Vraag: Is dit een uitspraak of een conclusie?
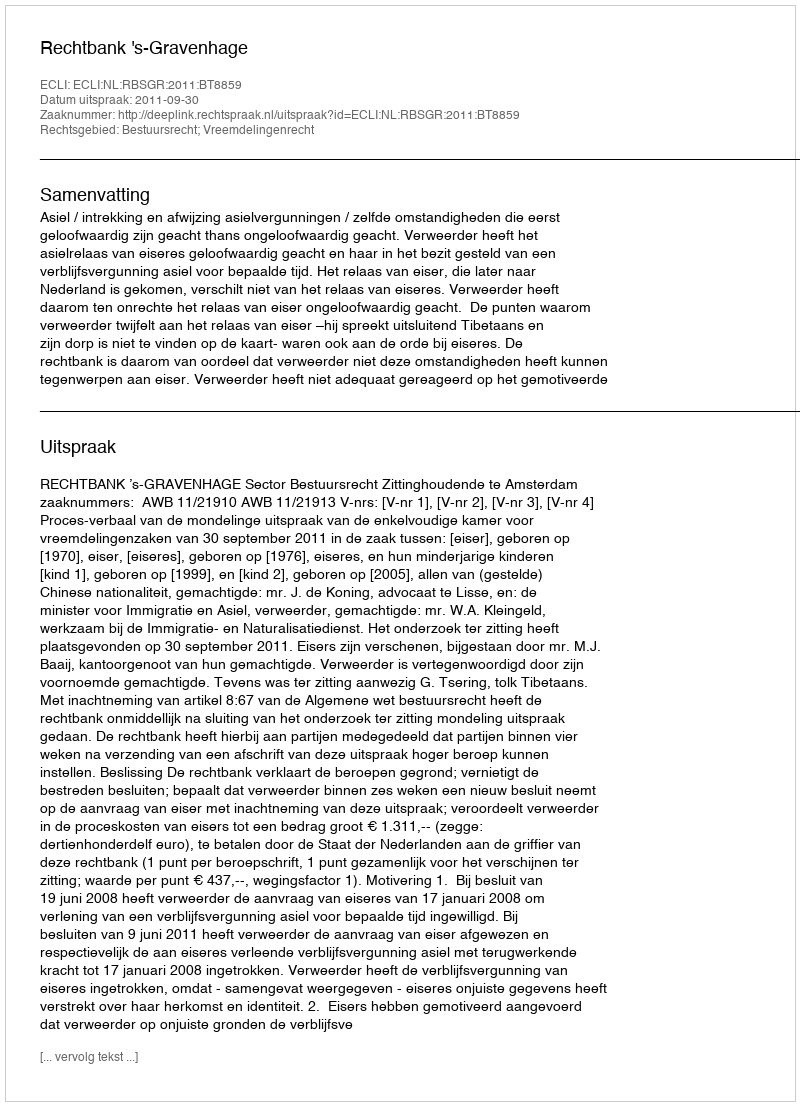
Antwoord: Uitspraak